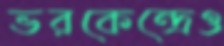
ভরকেন্দ্রেও